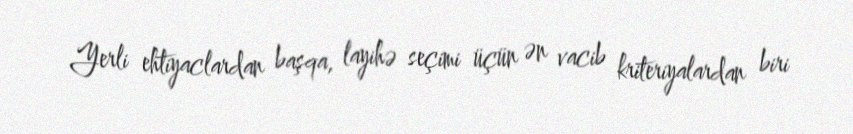
Yerli ehtiyaclardan başqa, layihə seçimi üçün ən vacib kriteriyalardan biri